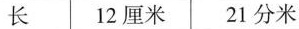
长 12厘米 21分米